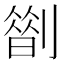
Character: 𠟏